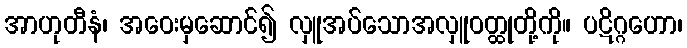
အာဟုတီနံ၊ အဝေးမှဆောင်၍ လှူအပ်သောအလှူဝတ္ထုတို့ကို။ ပဋိဂ္ဂဟော၊